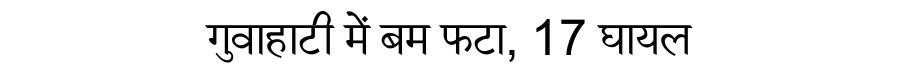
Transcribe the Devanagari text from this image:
गुवाहाटी में बम फटा, 17 घायल